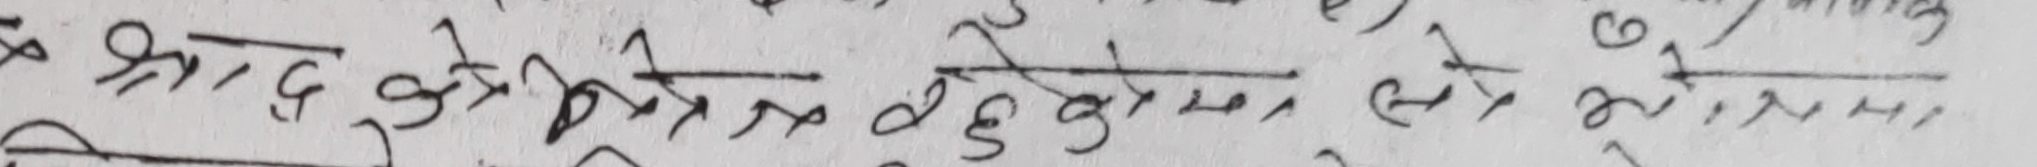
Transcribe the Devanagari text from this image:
श्रद्धा के भो नेरमा ले केको षमा ले हो ९०,११,२१